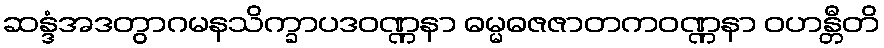
ဆန္ဒံအဒတွာဂမနသိက္ခာပဒဝဏ္ဏနာ ဓမ္မဓဇဇာတကဝဏ္ဏနာ ဝဟန္တီတိ